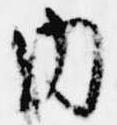
内